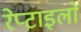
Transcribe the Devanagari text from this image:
रेप्टाइलों